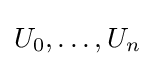
U_{0},\ldots ,U_{n}